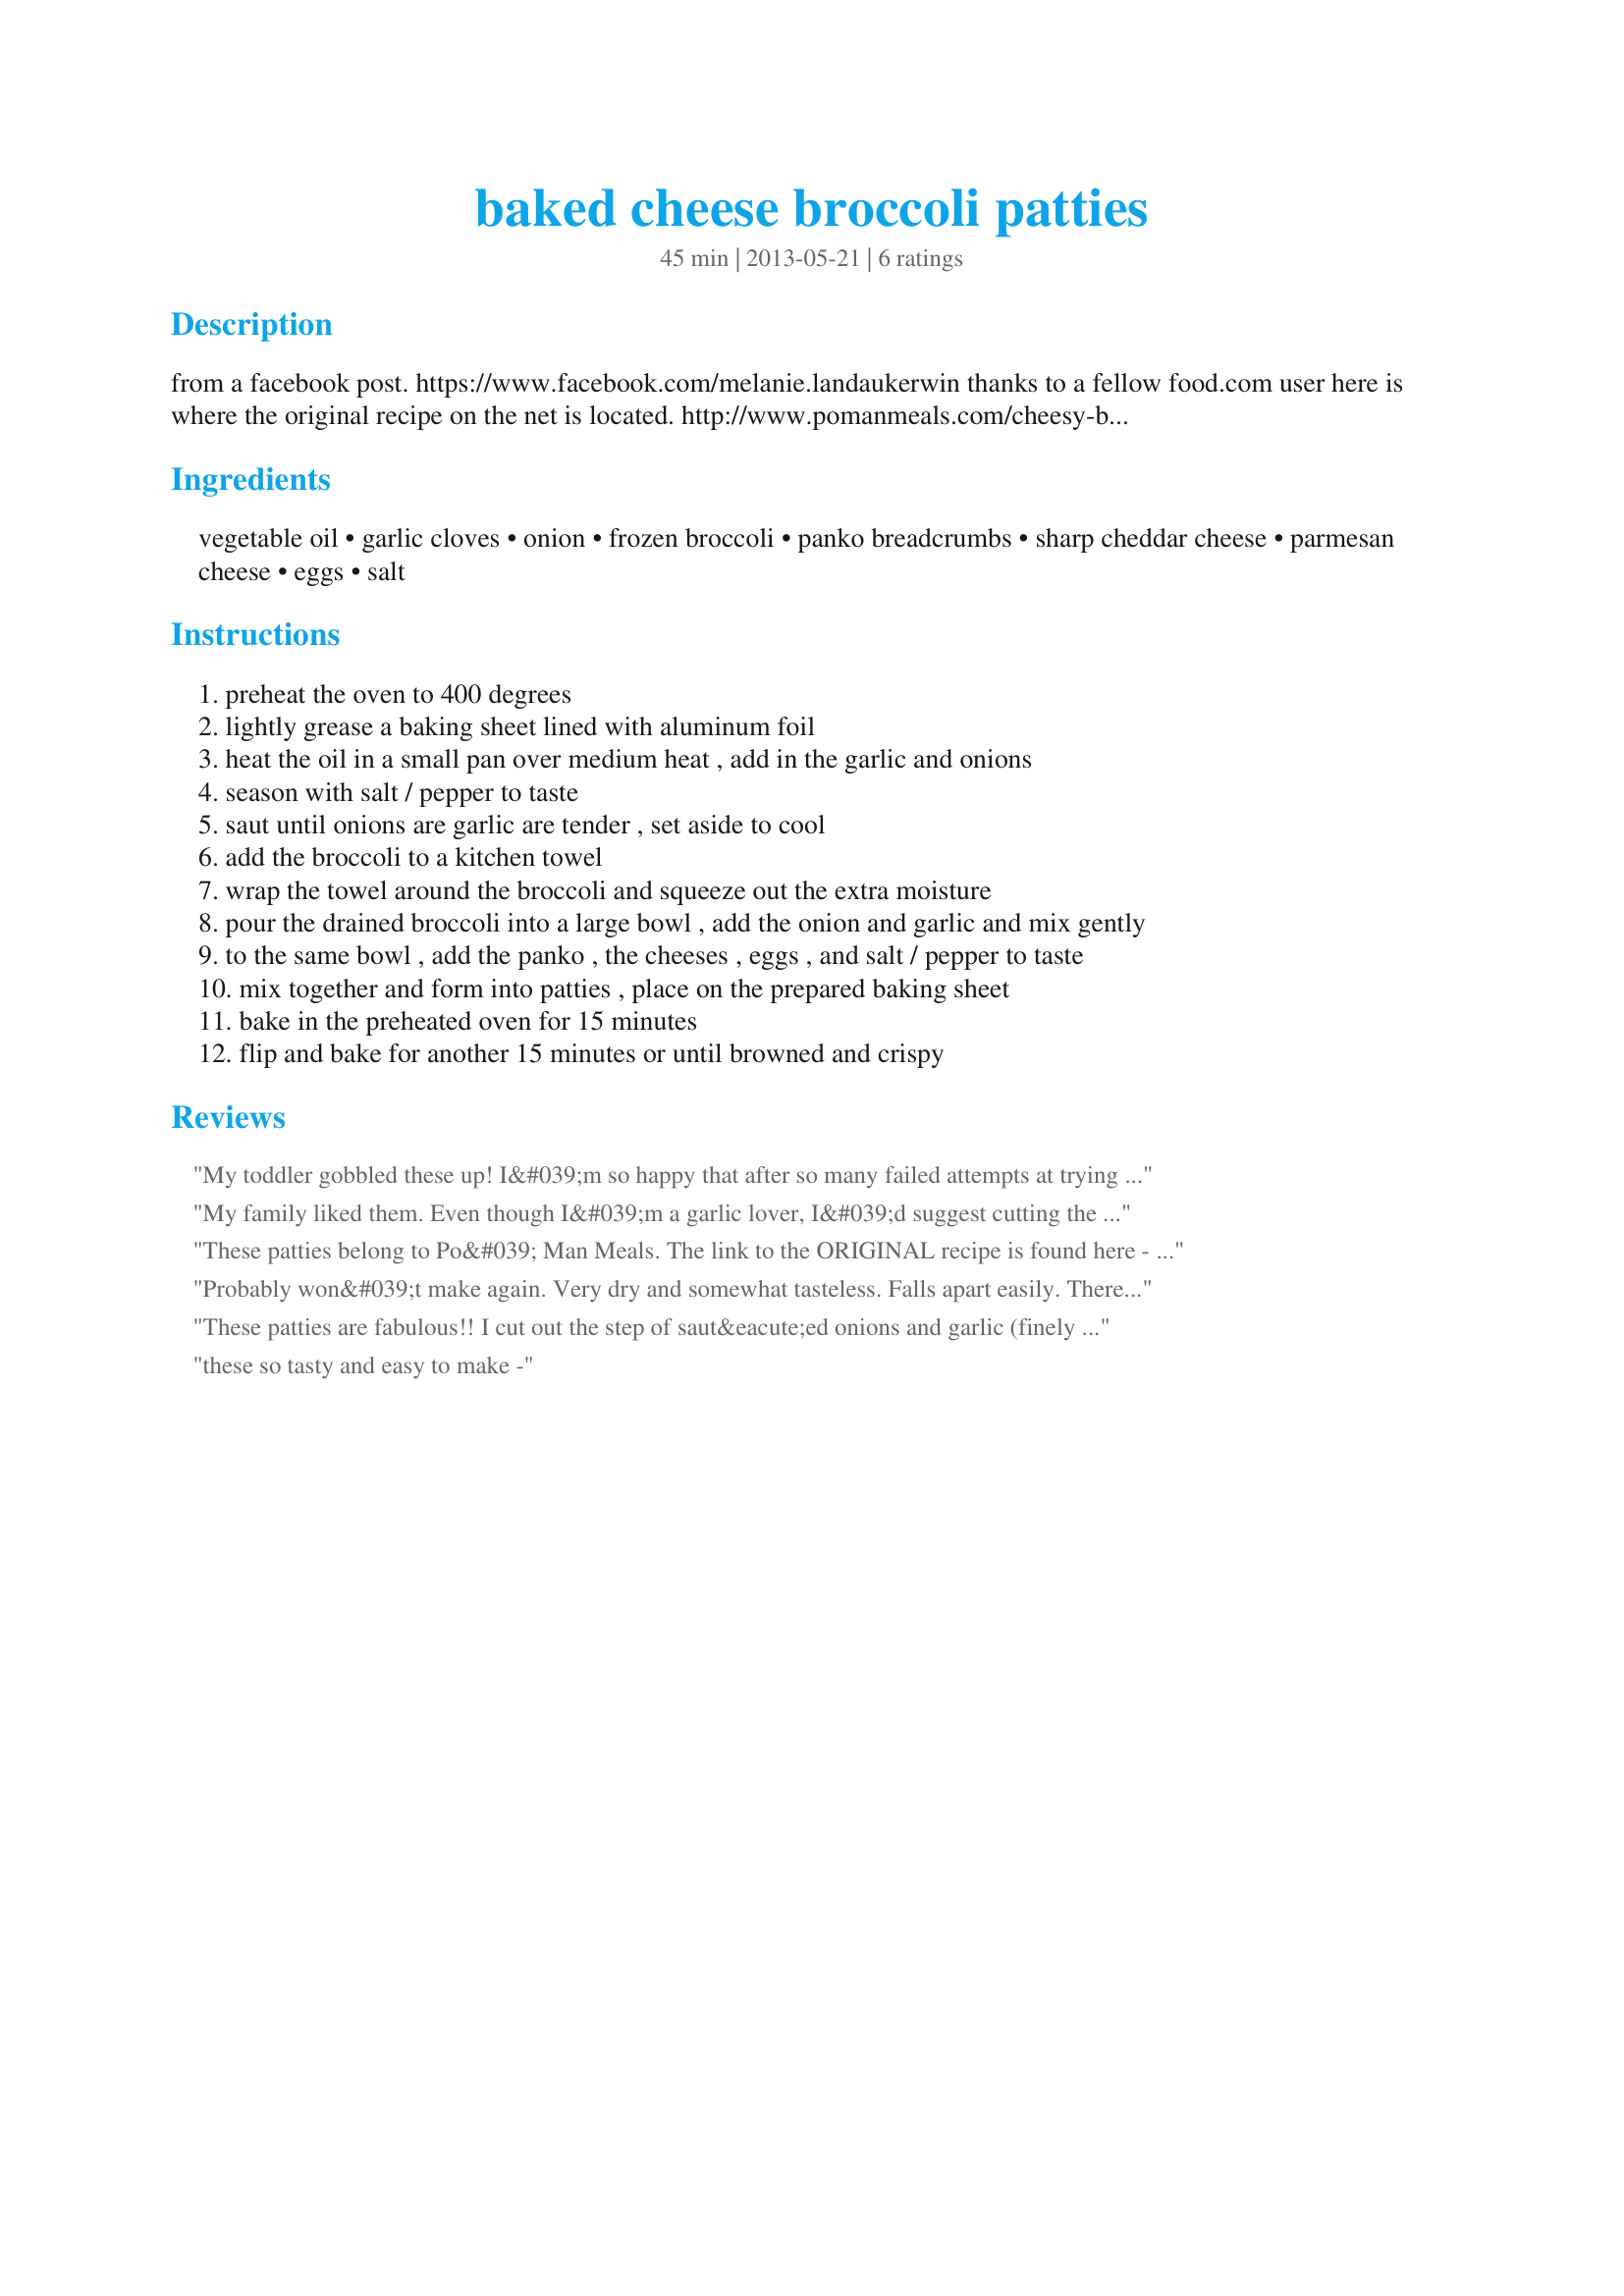
baked cheese broccoli patties
Preparation time: 45 minutes

from a facebook post.
https://www.facebook.com/melanie.landaukerwin

thanks to a fellow food.com user here is where the original recipe on the net is located. http://www.pomanmeals.com/cheesy-broccoli-patties/

Ingredients:
vegetable oil, garlic cloves, onion, frozen broccoli, panko breadcrumbs, sharp cheddar cheese, parmesan cheese, eggs, salt

Steps:
preheat the oven to 400 degrees
lightly grease a baking sheet lined with aluminum foil
heat the oil in a small pan over medium heat , add in the garlic and onions
season with salt / pepper to taste
saut until onions are garlic are tender , set aside to cool
add the broccoli to a kitchen towel
wrap the towel around the broccoli and squeeze out the extra moisture
pour the drained broccoli into a large bowl , add the onion and garlic and mix gently
to the same bowl , add the panko , the cheeses , eggs , and salt / pepper to taste
mix together and form into patties , place on the prepared baking sheet
bake in the preheated oven for 15 minutes
flip and bake for another 15 minutes or until browned and crispy

Reviews:
My toddler gobbled these up! I&#039;m so happy that after so many failed attempts at trying to make him eat broccoli, he&#039;s finally loving it with this recipe! I filled my mini muffin pan and they browned nicely in 20mins. No flipping needed. Made 24. I can see myself making them more often!
My family liked them. Even though I&#039;m a garlic lover, I&#039;d suggest cutting the garlic to one clove. Also, the phone rang while I was sauteeing the onions &amp; garlic and they browned a bit. I&#039;d suggest cooking them low and slow to get the sweetness from the onions, but not the browned onion flavor. I&#039;ll cook them again.
These patties belong to Po&#039; Man Meals. The link to the ORIGINAL recipe is found here - http://www.pomanmeals.com/cheesy-broccoli-patties/.
Probably won&#039;t make again. Very dry and somewhat tasteless. Falls apart easily. There are a dozen tastier ways to eat broccoli. On to the next.
These patties are fabulous!! I cut out the step of saut&eacute;ed onions and garlic (finely chopped they cooked during the baking time) ....I tossed them in raw and added a 1/2 of minced jalapeno for just a little spice! Very easy and delicious!
these so tasty and easy to make -
